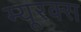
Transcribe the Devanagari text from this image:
म्यूरक्स